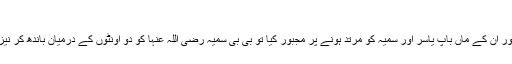
ابن كثير، تفسير القرآن العظيم، 2؛ 588
اسی طرح امام قرطبی بیان کرتے ہیں کہ قریش نے حضرت عمار اور ان کے ماں باپ یاسر اور سمیّہ کو مرتد ہونے پر مجبور کیا تو بی بی سمیّہ رضی اللہ عنہا کو دو اونٹوں کے درمیان باندھ کر نیزہ اُن میں گارڈ دیا اور کہا کہ تو مردوں کی خاطر مسلمان ہوئی ہے۔